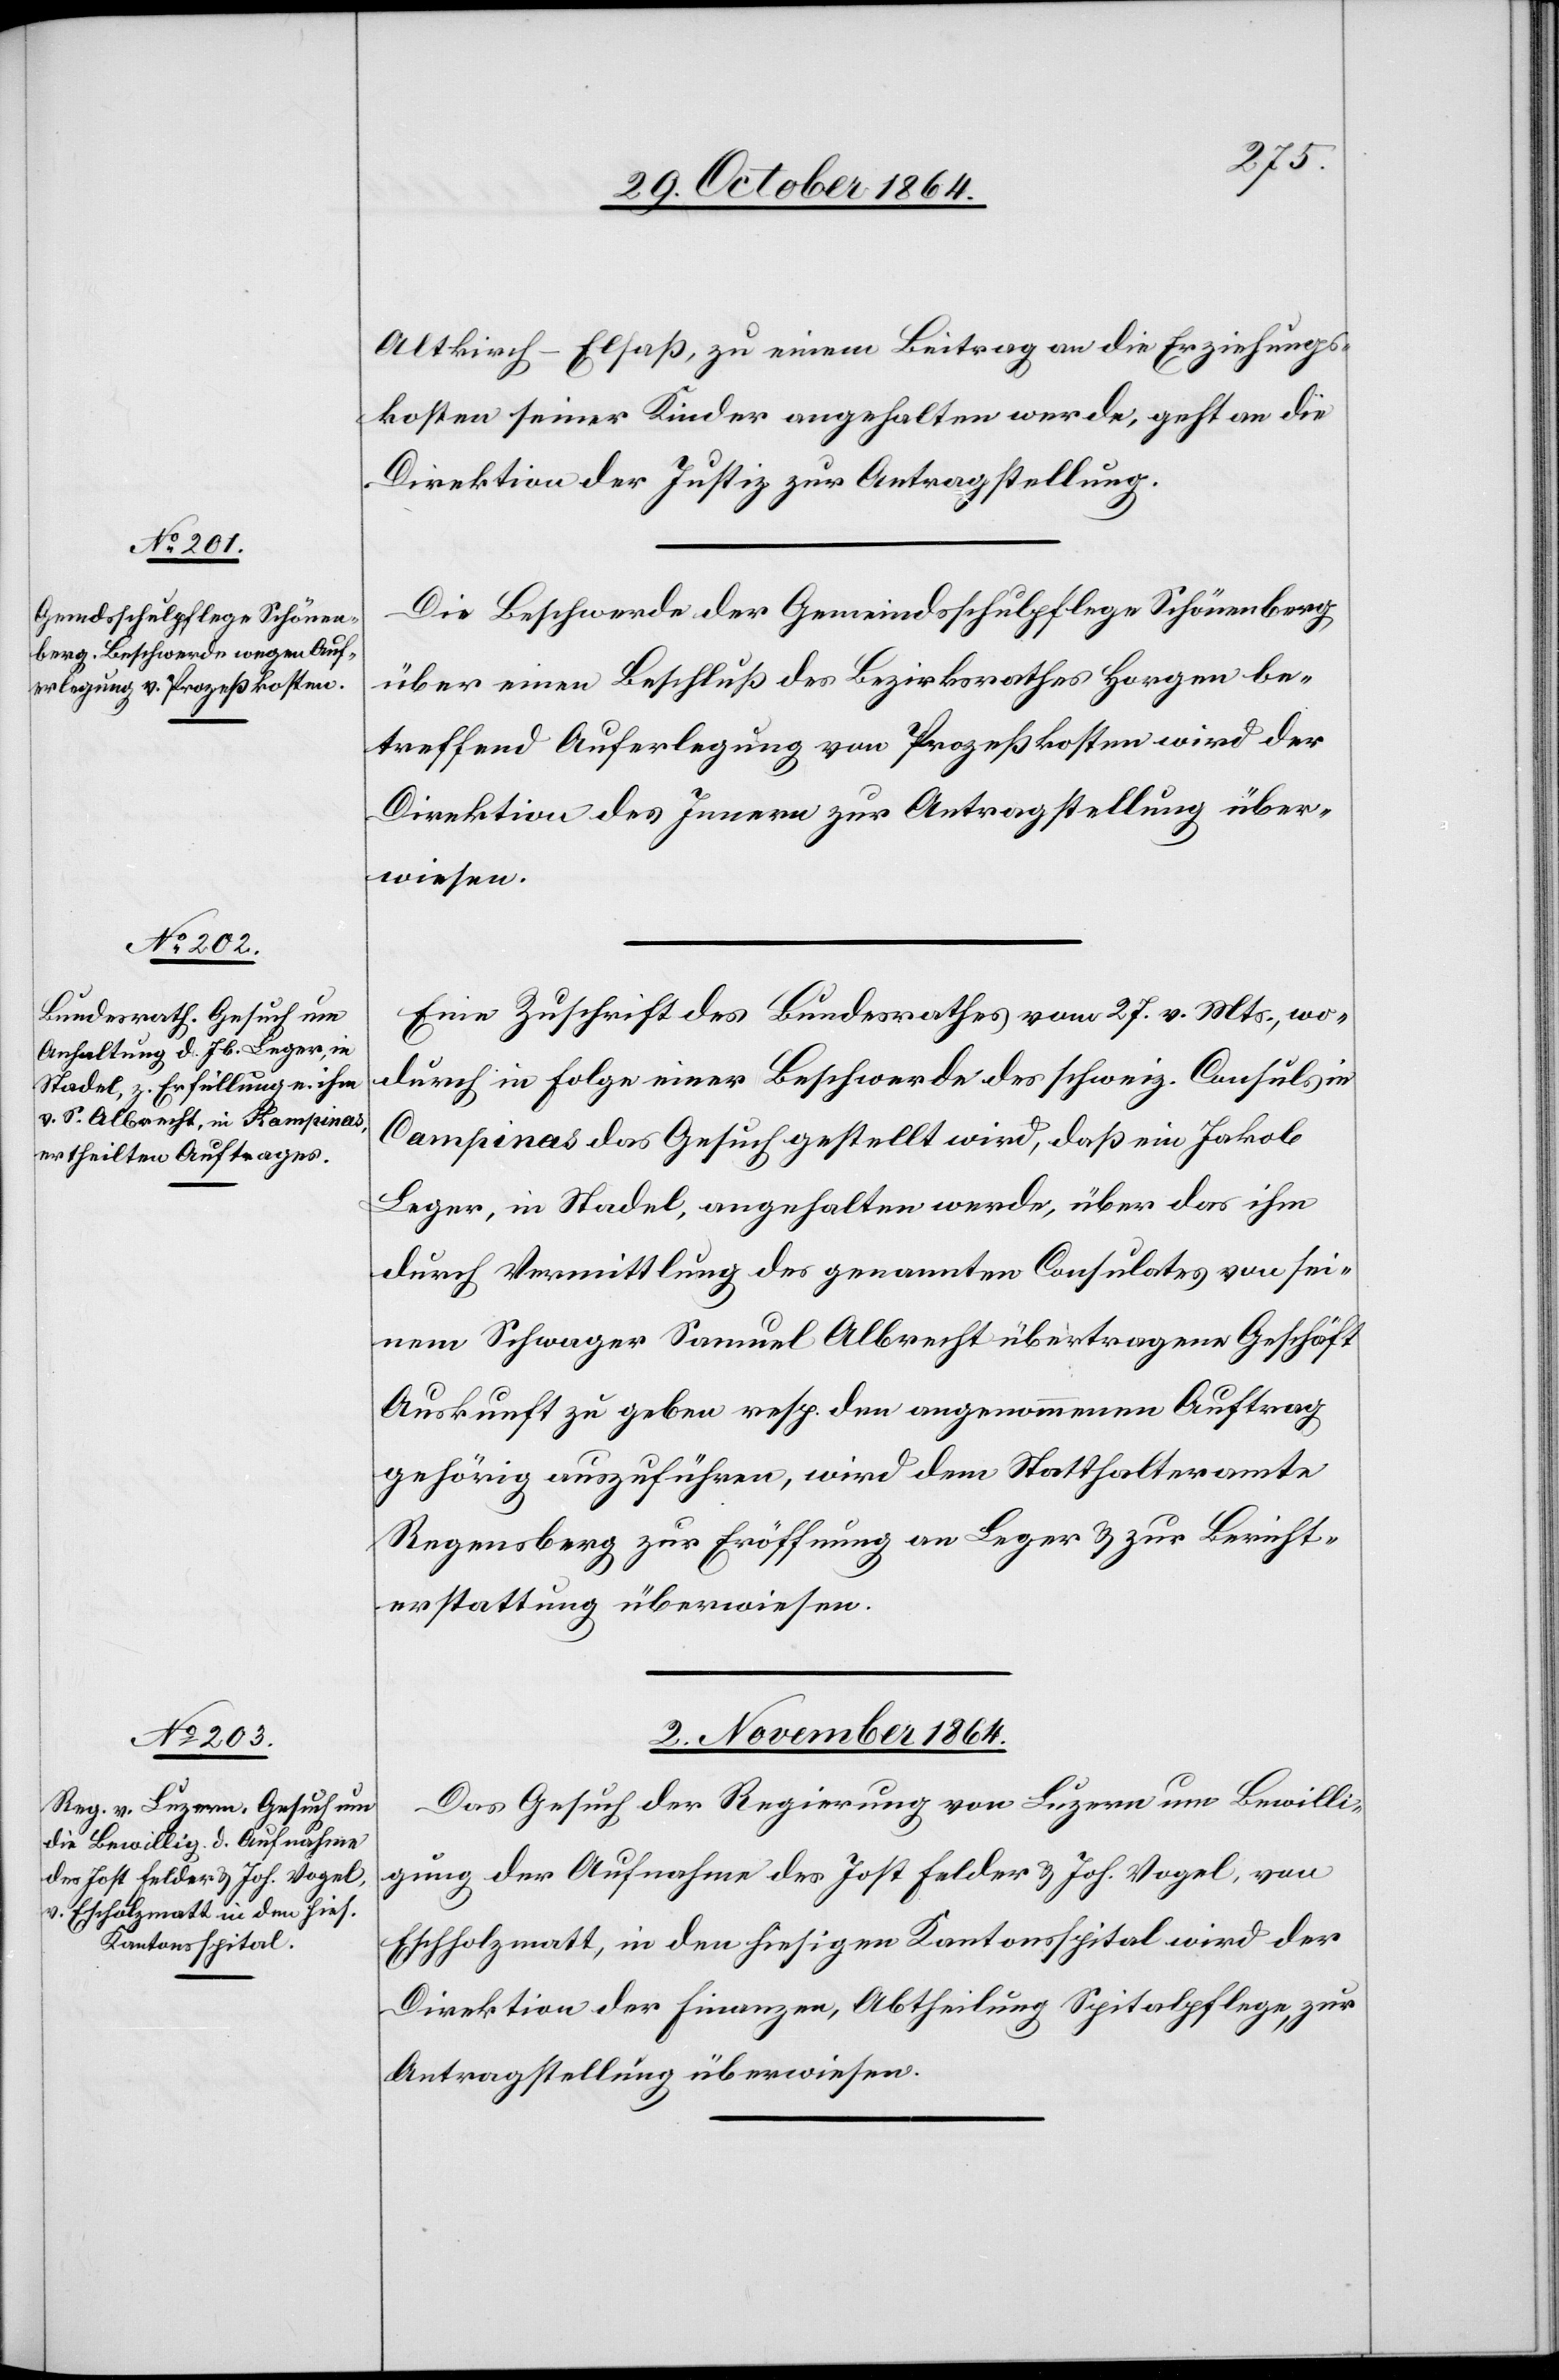
Altkirch-Elsaß, zu einem Beitrag an die Erziehungs¬
kosten seiner Kinder angehalten werde, geht an die
Direktion der Justiz zur Antragstellung.
Die Beschwerde der Gemeindsschulpflege Schönenberg
über einen Beschluß des Bezirksrathes Horgen be¬
treffend Auferlegung von Prozeßkosten wird der
Direktion des Innern zur Antragstellung über¬
wiesen.
Eine Zuschrift des Bundesrathes vom 27. v. Mts., wo¬
durch in Folge einer Beschwerde des schweiz. Consuls in
Campinas das Gesuch gestellt wird, daß ein Jakob
Leger, in Stadel, angehalten werde, über das ihm
durch Vermittlung des genannten Consulates von sei¬
nem Schwager Samuel Albrecht übertragene Geschäft
Auskunft zu geben resp. den angenommenen Auftrag
gehörig auszuführen, wird dem Statthalteramte
Regensberg zur Eröffnung an Leger & zur Bericht¬
erstattung überwiesen.
2. November 1864.
Das Gesuch der Regierung von Luzern um Bewilli¬
gung der Aufnahme des Jost Felder & Joh. Vogel, von
Eschholzmatt [sic!], in den hiesigen Kantonsspital wird der
Direktion der Finanzen, Abtheilung Spitalpflege, zur
Antragstellung überwiesen.